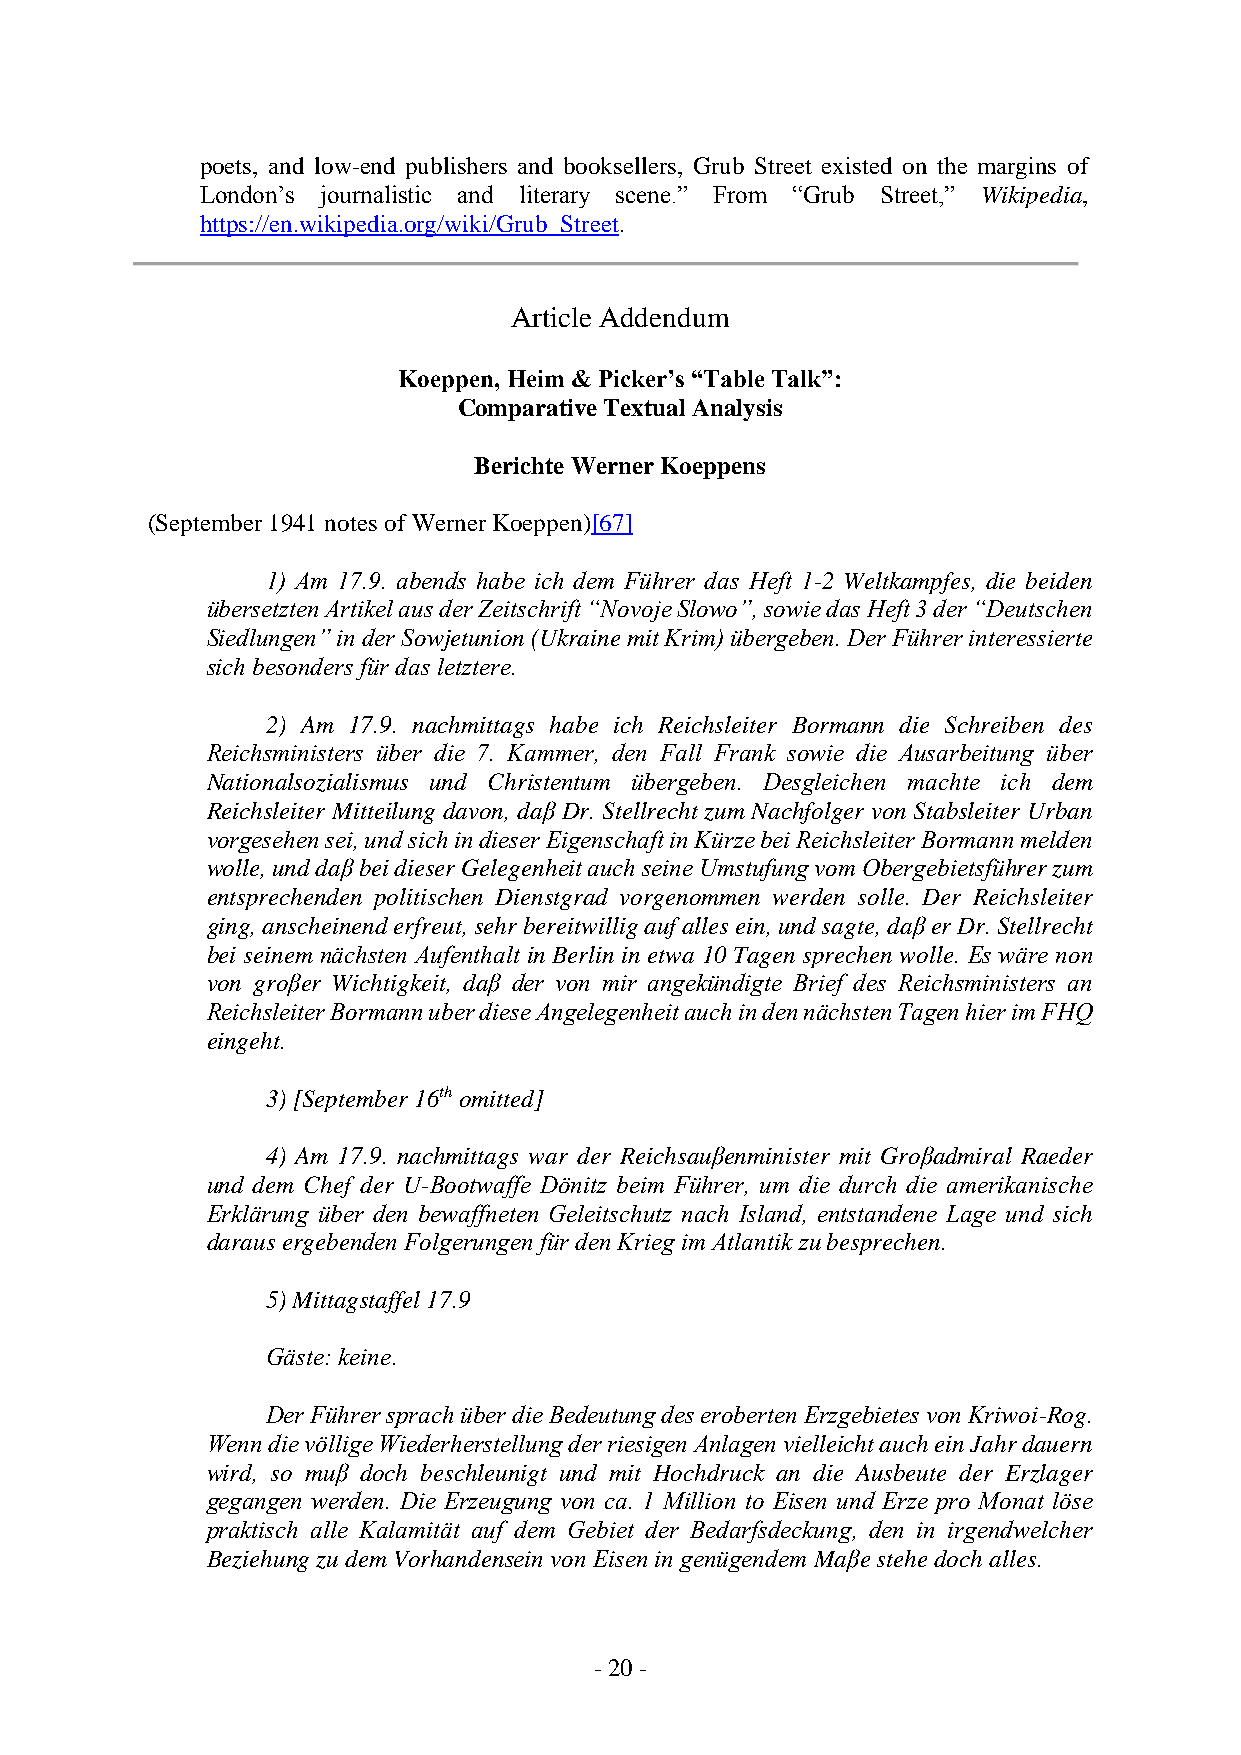
poets, and low-end publishers and booksellers, Grub Street existed on the margins of
 London’s journalistic and literary scene.” From “Grub Street,” Wikipedia,
 https://en.wikipedia.org/wiki/Grub_Street.
 Article Addendum
 Koeppen, Heim & Picker’s “Table Talk”:
 Comparative Textual Analysis
 Berichte Werner Koeppens
 (September 1941 notes of Werner Koeppen)[67]
 1) Am 17.9. abends habe ich dem Führer das Heft 1-2 Weltkampfes, die beiden
 übersetzten Artikel aus der Zeitschrift “Novoje Slowo”, sowie das Heft 3 der “Deutschen
 Siedlungen” in der Sowjetunion (Ukraine mit Krim) übergeben. Der Führer interessierte
 sich besonders für das letztere.
 2) Am 17.9. nachmittags habe ich Reichsleiter Bormann die Schreiben des
 Reichsministers über die 7. Kammer, den Fall Frank sowie die Ausarbeitung über
 Nationalsozialismus und Christentum übergeben. Desgleichen machte ich dem
 Reichsleiter Mitteilung davon, daβ Dr. Stellrecht zum Nachfolger von Stabsleiter Urban
 vorgesehen sei, und sich in dieser Eigenschaft in Kürze bei Reichsleiter Bormann melden
 wolle, und daβ bei dieser Gelegenheit auch seine Umstufung vom Obergebietsführer zum
 entsprechenden politischen Dienstgrad vorgenommen werden solle. Der Reichsleiter
 ging, anscheinend erfreut, sehr bereitwillig auf alles ein, und sagte, daβ er Dr. Stellrecht
 bei seinem nächsten Aufenthalt in Berlin in etwa 10 Tagen sprechen wolle. Es wäre non
 von groβer Wichtigkeit, daβ der von mir angekündigte Brief des Reichsministers an
 Reichsleiter Bormann uber diese Angelegenheit auch in den nächsten Tagen hier im FHQ
 eingeht.
 3) [September 16th omitted]
 4) Am 17.9. nachmittags war der Reichsauβenminister mit Groβadmiral Raeder
 und dem Chef der U-Bootwaffe Dönitz beim Führer, um die durch die amerikanische
 Erklärung über den bewaffneten Geleitschutz nach Island, entstandene Lage und sich
 daraus ergebenden Folgerungen für den Krieg im Atlantik zu besprechen.
 5) Mittagstaffel 17.9
 Gäste: keine.
 Der Führer sprach über die Bedeutung des eroberten Erzgebietes von Kriwoi-Rog.
 Wenn die völlige Wiederherstellung der riesigen Anlagen vielleicht auch ein Jahr dauern
 wird, so muβ doch beschleunigt und mit Hochdruck an die Ausbeute der Erzlager
 gegangen werden. Die Erzeugung von ca. 1 Million to Eisen und Erze pro Monat löse
 praktisch alle Kalamität auf dem Gebiet der Bedarfsdeckung, den in irgendwelcher
 Beziehung zu dem Vorhandensein von Eisen in genügendem Maβe stehe doch alles.
 - 20 -